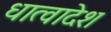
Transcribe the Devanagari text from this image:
धात्वादेश